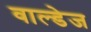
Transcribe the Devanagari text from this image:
वाल्डेज